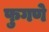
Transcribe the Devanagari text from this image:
फुगणे